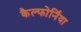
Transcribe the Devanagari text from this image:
कैल्फोर्निया